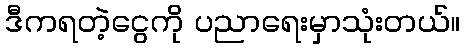
ဒီကရတဲ့ငွေကို ပညာရေးမှာသုံးတယ်။